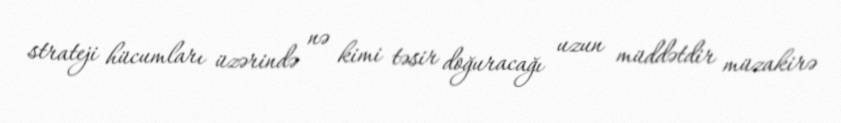
strateji hücumları üzərində nə kimi təsir doğuracağı uzun müddətdir müzakirə